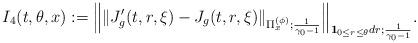
LaTeX: \begin{align*}I_4(t,\theta,x):= \Big\| \| J'_g(t,r,\xi) - J_g(t,r,\xi) \|_{\Pi_x^{(\phi)};\frac{1}{\gamma_0 - 1}} \Big\|_{\mathbf 1_{0\leq r\leq \theta} dr;\frac{1}{\gamma_0 - 1}}.\end{align*}